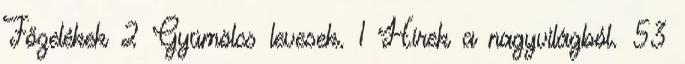
Főzelékek 2 Gyümölcs levesek. 1 Hírek a nagyvilágból. 53